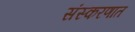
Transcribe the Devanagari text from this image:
संस्करणात